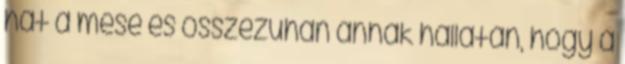
hat a mese és összezuhan annak hallatán, hogy a